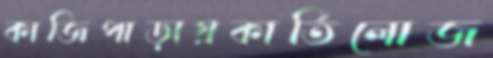
কাজিপাড়ায়কার্তিলোজ